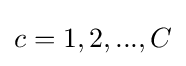
c=1,2,...,C